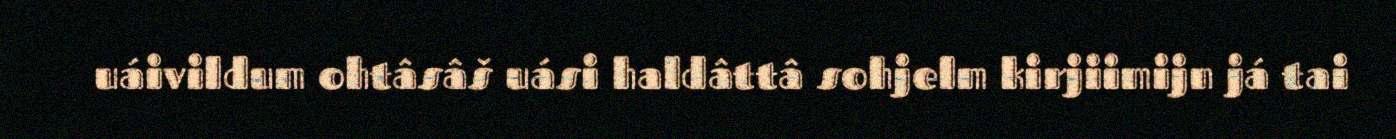
uáivildum ohtâsâš uási haldâttâ sohjelm kirjiimijn já tai